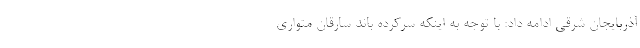
آذربایجان شرقی ادامه داد: با توجه به اینکه سرکرده باند سارقان متواری